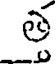
త